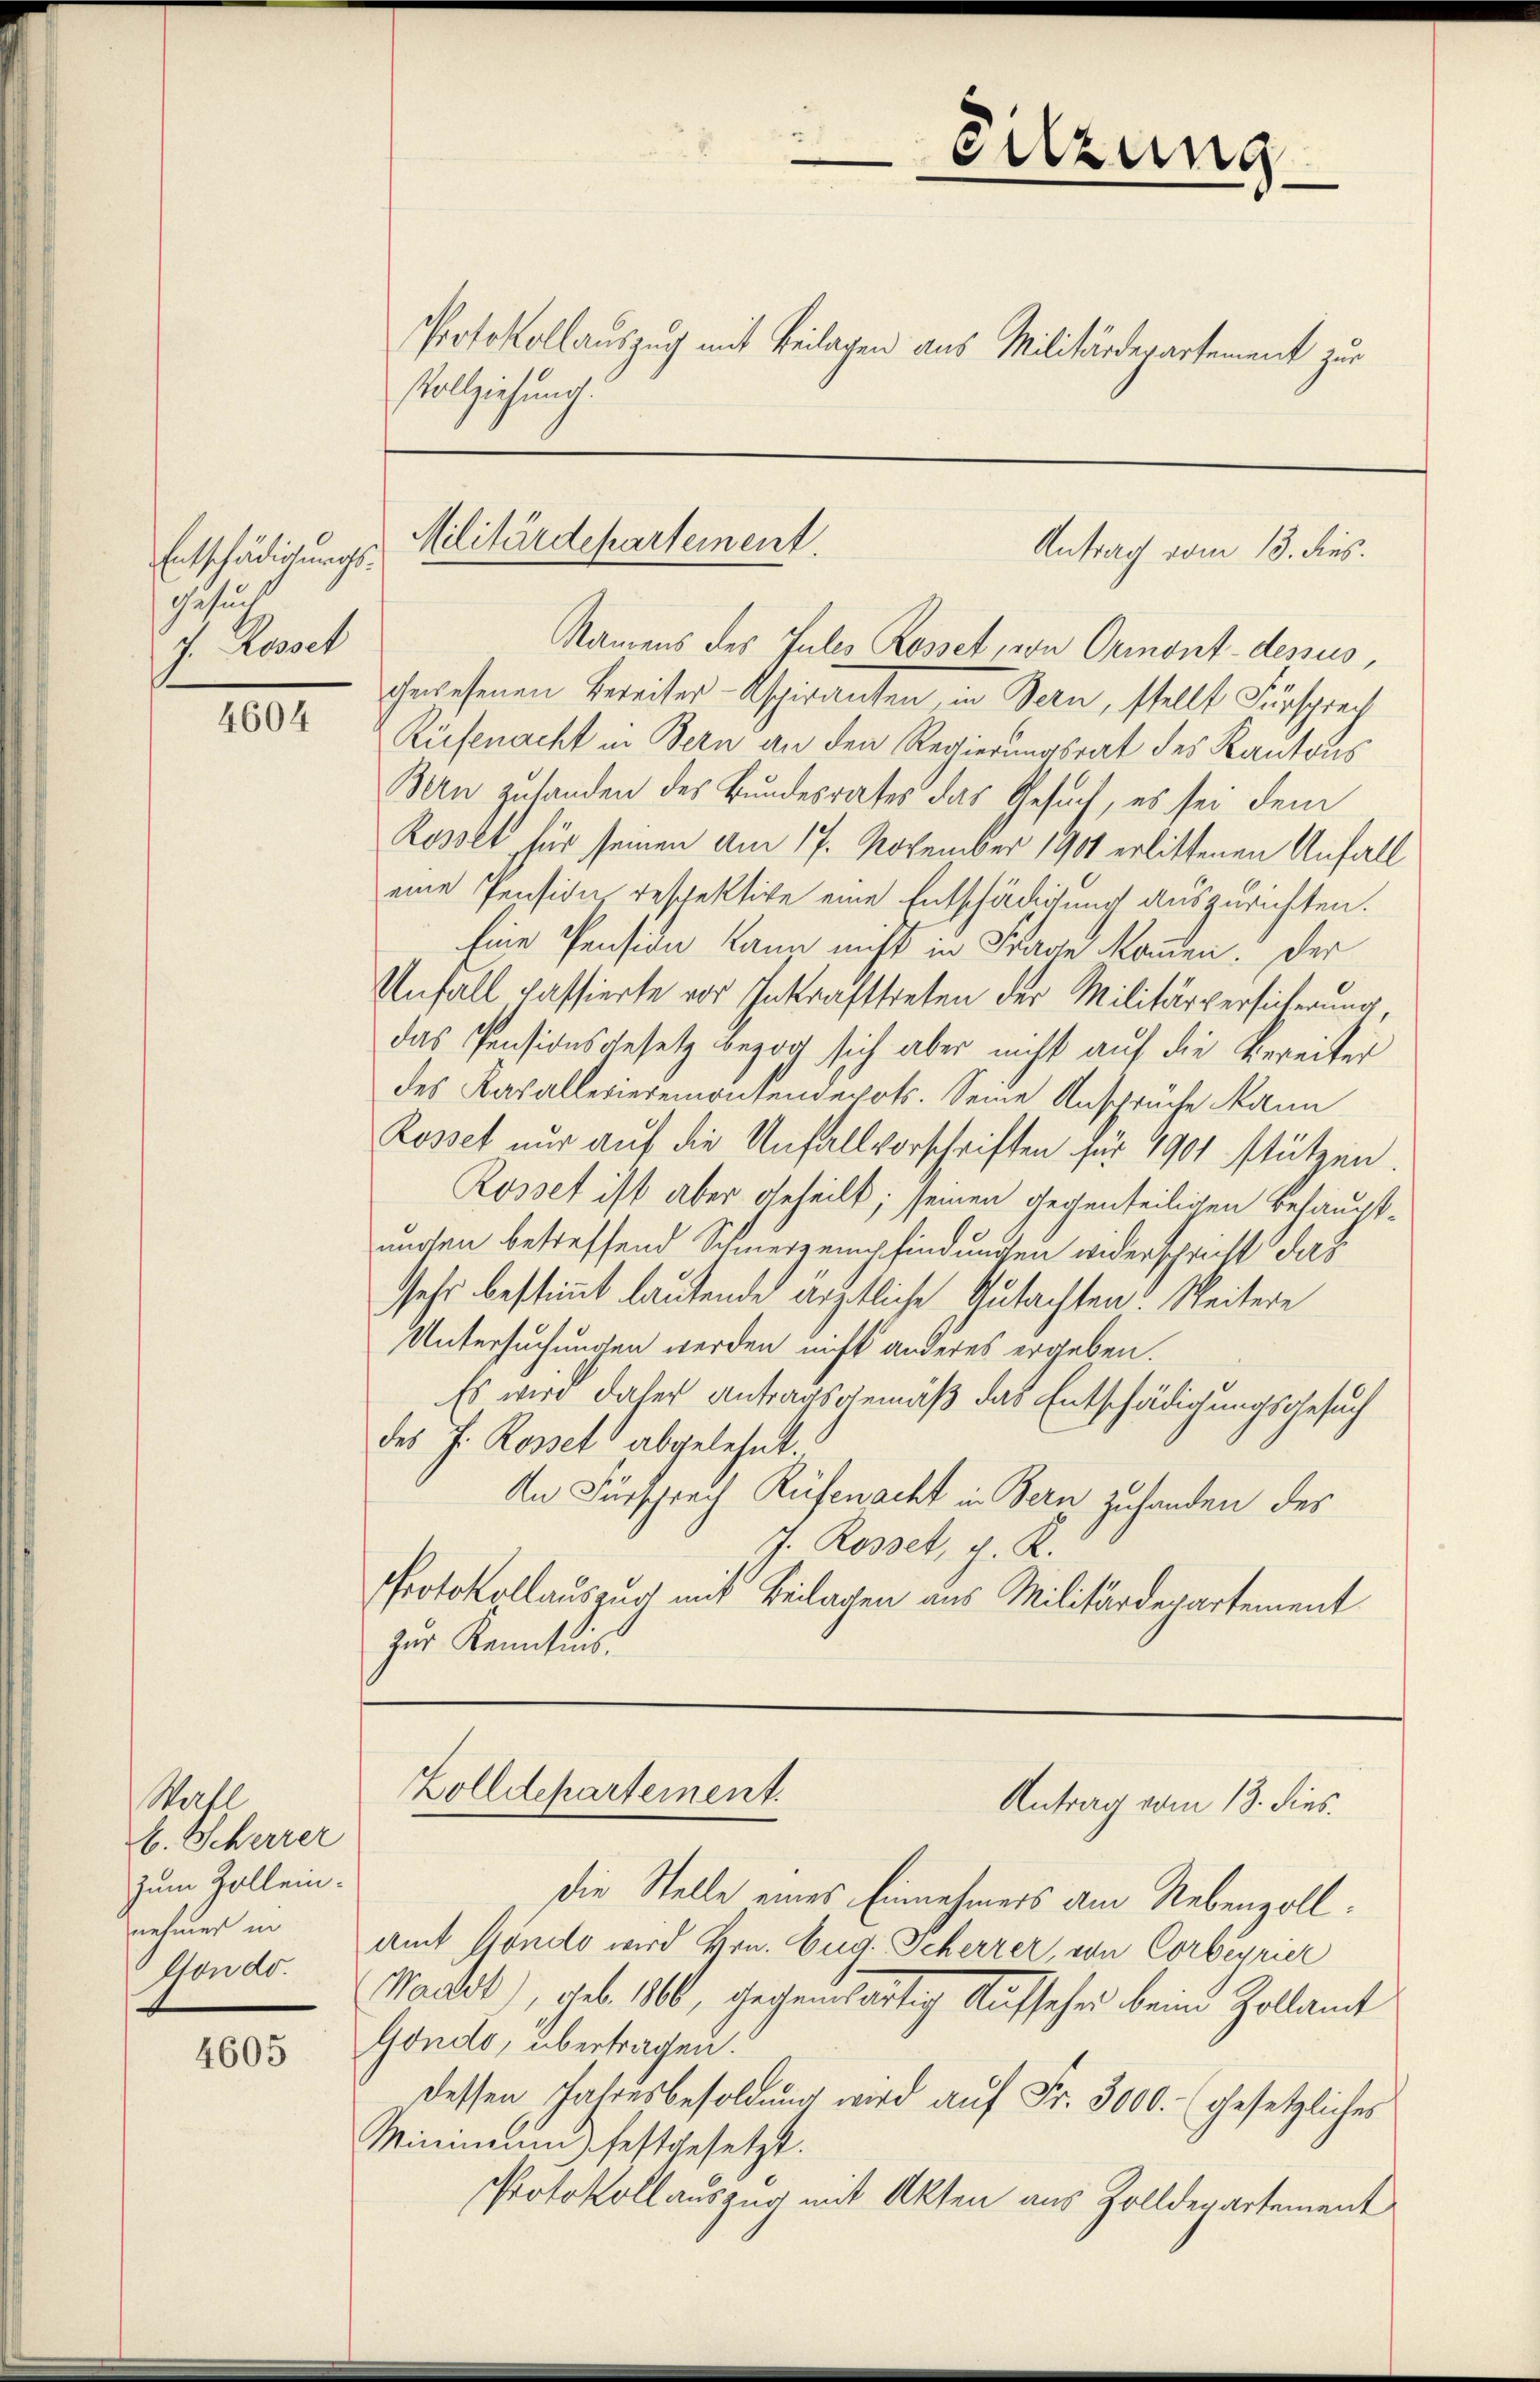
Entschädigungs-
Gesund
J. Rosset

4604

Wahl
b. Scherrer
zum Zollein.
nehmen in
Hondo.

4605

Vollziehung.

Protokollauszug mit Beilagen aus Militärdepartement zur

Sitzung

Militärdepartement.
Antrag vom 13. dies

Namens des Julis Rosset, von Ormont-dessus,

Zolldepartement.
Antrag vom 13. dies

gewesenen Bereiter-Aspiranten, in Bern, stellt Fürsprach
Rüfenacht in Bern an den Regierungsrat des Kantons
Bern zutanden des Bundesrates das Gesuch, es sei dem
Rosset für seinen am 17. November 1901 erlittenen Anfall
eine Pension respektive eine Entschädigung auszurichten.
Eine Pension kann nicht in Frage kommen. Der
Unfall passierte vor Inkrafttreten der Militärversicherung
das Pensionsgesetz bezog sich aber nicht auf die Bereiter
des Kasallerieremontendepots. Seine Anspruche kann
Rosset nur auf die Anfallvorschriften für 1901 stützen.
Rosset ist aber geheilt; seinen gegenteiligen Behaupt-
ungen betreffend Schmerzempfindungen widerschricht das
sehr bestimmt lautende ärztliche Gutachten: Weitere
Untersuchungen werden nicht anderes ergeben.
Es wird daher Antragsgemäß das Entschädigungsgesuch
des J. Rosset abgelehnt.
An Fürsprach Rüfenacht in Bern Zuhanden des
J. Rosset, z. K.
Protokollauszug mit Beilagen aus Militärdepartement
zur Kenntnis.

Die Stelle eines Einnehmers am Nebenzoll¬
Amt Göndo wird Hrn. Eug. Scherrer, von Corbeyrier
Waadt), geb. 1860, gegenwärtig Aufseher beim Zollamt
Gondo, übertragen.
dessen Jahresbesoldŭng wird aŭf Fr. 3000. (gesetzliches
Minimum festgesetzt.
Protokollauszug mit Akten aus Zolldepartement